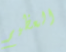
العظيم